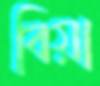
বিয়া